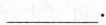
___.